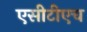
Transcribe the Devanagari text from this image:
एसीटीएच